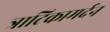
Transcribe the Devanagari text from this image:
त्राटिकामर्दन